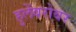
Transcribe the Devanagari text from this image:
हुलेंबरोबर